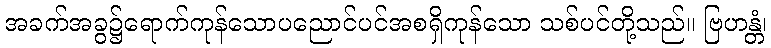
အခက်အခွ၌ရောက်ကုန်သောပညောင်ပင်အစရှိကုန်သော သစ်ပင်တို့သည်။ ဗြဟန္တံ၊